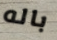
باله